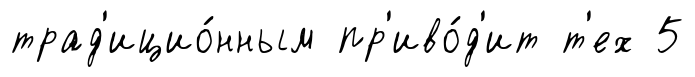
трад'ицио́нным пр'иво́д'ит т'ех 5